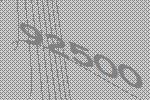
92500